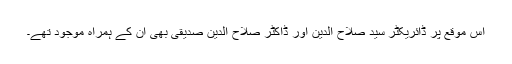
اس موقع پر ڈائریکٹر سید صلاح الدین اور ڈاکٹر صلاح الدین صدیقی بھی ان کے ہمراہ موجود تھے۔